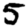
Digit: 5